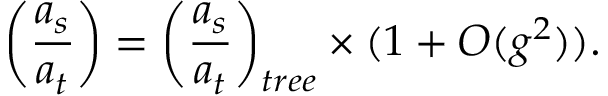
\biggl ( { \frac { a _ { s } } { a _ { t } } } \biggr ) = \biggl ( { \frac { a _ { s } } { a _ { t } } } \biggr ) _ { t r e e } \times ( 1 + O ( g ^ { 2 } ) ) .